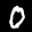
Digit: 0